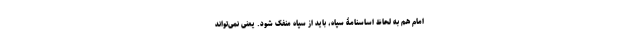
امام هم به لحاظ اساسنامۀ سپاه، باید از سپاه منفک شود. یعنی نمی‌تواند